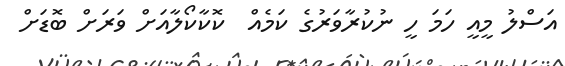
އަސްލު މީއީ ހަމަ ހީ ނުކުރާވަރުގެ ކަމެއް  ކޮކާކޯލާއަށް ވަރަށް ބޮޑަށް